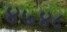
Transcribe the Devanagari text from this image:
४७४८